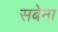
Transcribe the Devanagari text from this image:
सबेना